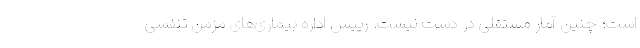
است؛ چنین آمار مستقلی در دست نیست. رییس اداره بیماری‌های مزمن تنفسی